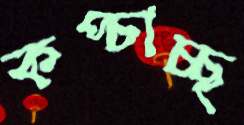
কপ্‌চাচ্ছ